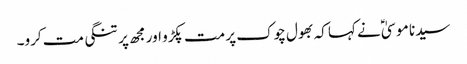
سیدنا موسیٰؑ نے کہا کہ بھول چوک پر مت پکڑو اور مجھ پر تنگی مت کرو۔